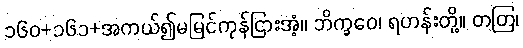
၁၆၀+၁၆၁+အကယ်၍မမြင်ကုန်ငြားအံ့။ ဘိက္ခဝေ၊ ရဟန်းတို့။ တတြ၊